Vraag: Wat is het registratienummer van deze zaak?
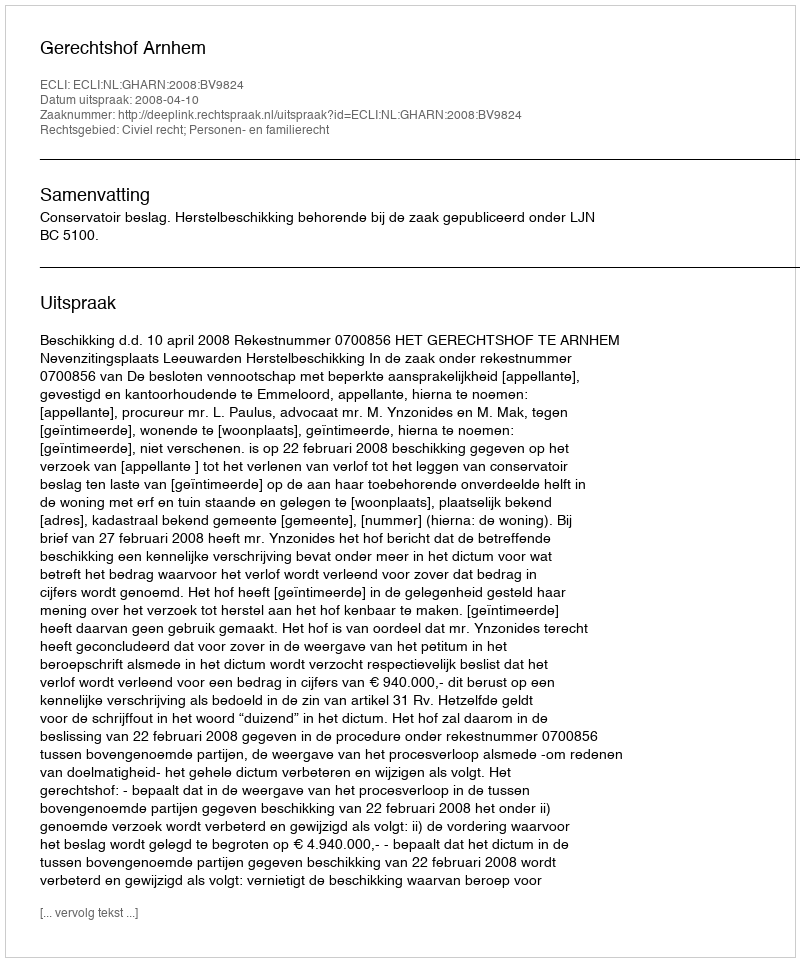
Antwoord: http://deeplink.rechtspraak.nl/uitspraak?id=ECLI:NL:GHARN:2008:BV9824